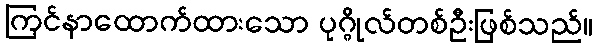
ကြင်နာထောက်ထားသော ပုဂ္ဂိုလ်တစ်ဦးဖြစ်သည်။